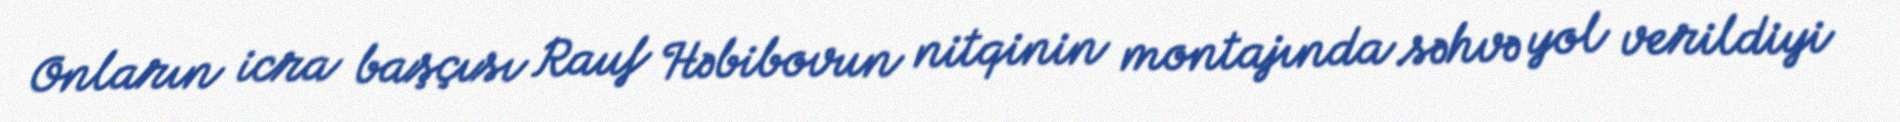
Onların icra başçısı Rauf Həbibovun nitqinin montajında səhvə yol verildiyi